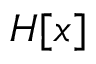
H [ x ]